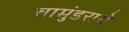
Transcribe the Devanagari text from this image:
चामुंडराये